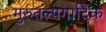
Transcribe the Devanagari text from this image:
गुरुतल्पगादिक